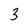
Character: 3